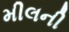
મીલની